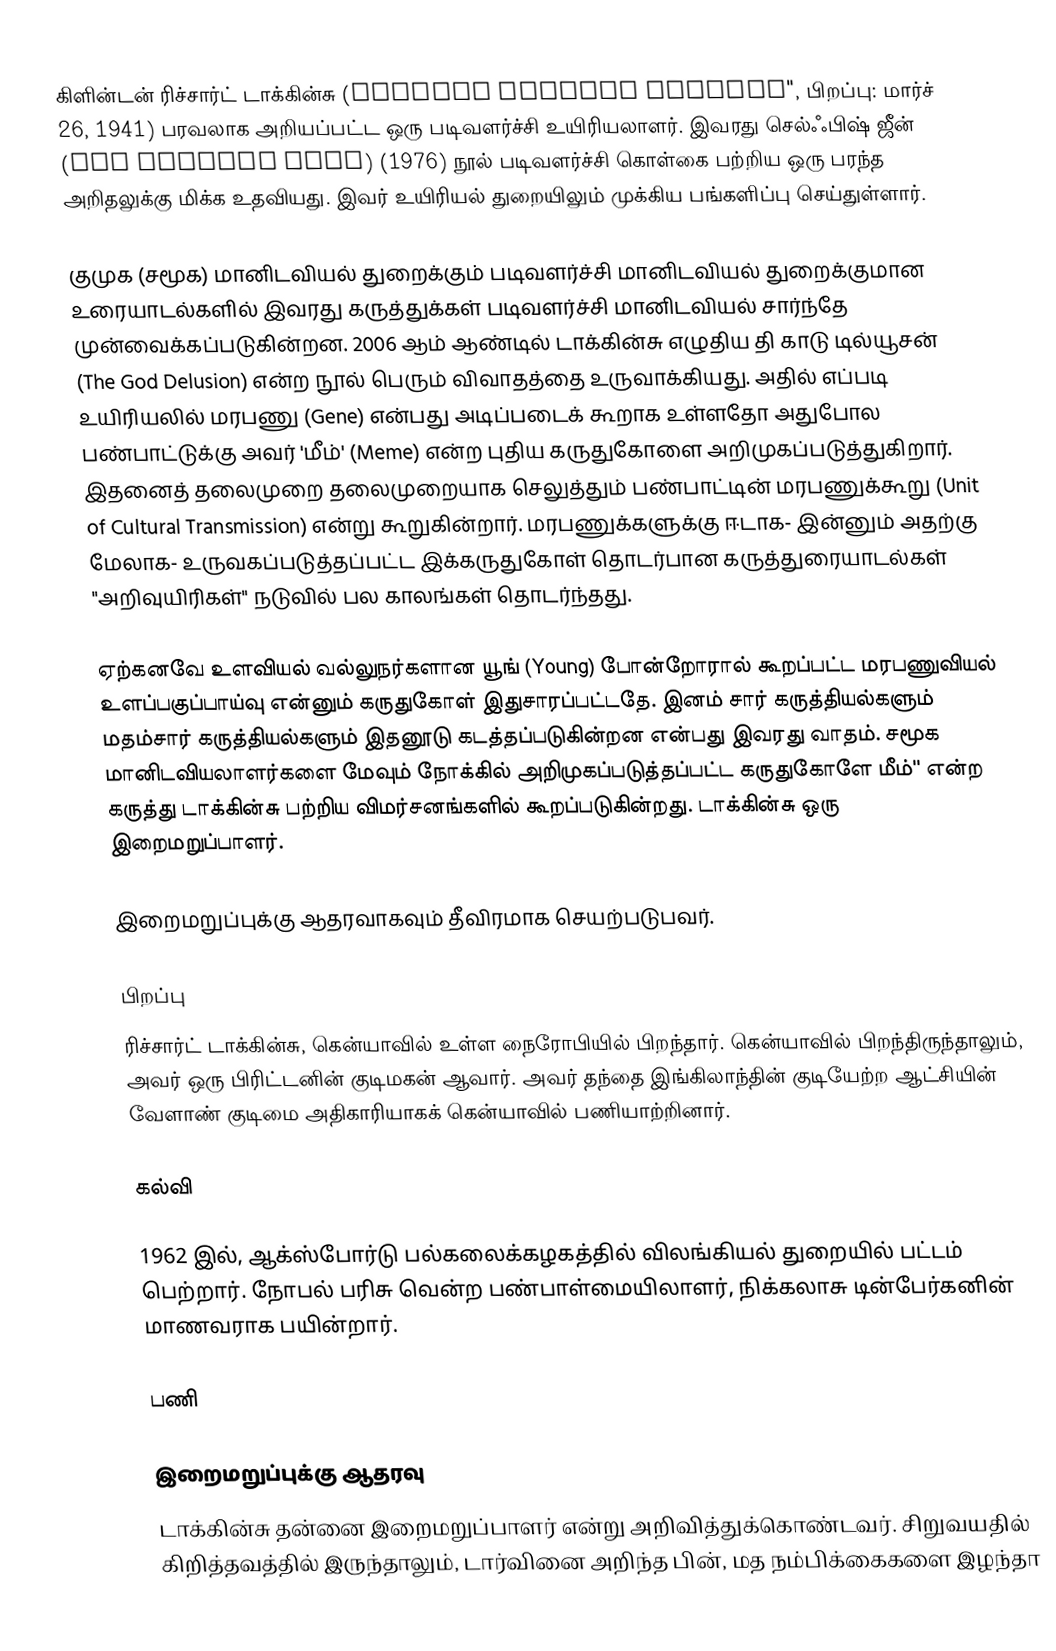
கிளின்டன் ரிச்சார்ட் டாக்கின்சு (Clinton Richard Dawkins", பிறப்பு: மார்ச் 26, 1941) பரவலாக அறியப்பட்ட ஒரு படிவளர்ச்சி உயிரியலாளர். இவரது செல்ஃபிஷ் ஜீன் (The Selfish Gene) (1976) நூல் படிவளர்ச்சி கொள்கை பற்றிய ஒரு பரந்த அறிதலுக்கு மிக்க உதவியது. இவர் உயிரியல் துறையிலும் முக்கிய பங்களிப்பு செய்துள்ளார்.

குமுக (சமூக) மானிடவியல் துறைக்கும் படிவளர்ச்சி மானிடவியல் துறைக்குமான உரையாடல்களில் இவரது கருத்துக்கள் படிவளர்ச்சி மானிடவியல் சார்ந்தே முன்வைக்கப்படுகின்றன. 2006 ஆம் ஆண்டில் டாக்கின்சு எழுதிய தி காடு டில்யூசன் (The God Delusion) என்ற நூல் பெரும் விவாதத்தை உருவாக்கியது. அதில் எப்படி உயிரியலில் மரபணு (Gene) என்பது அடிப்படைக் கூறாக உள்ளதோ அதுபோல பண்பாட்டுக்கு அவர் 'மீம்' (Meme) என்ற புதிய கருதுகோளை அறிமுகப்படுத்துகிறார். இதனைத் தலைமுறை தலைமுறையாக செலுத்தும் பண்பாட்டின் மரபணுக்கூறு (Unit of Cultural Transmission) என்று கூறுகின்றார். மரபணுக்களுக்கு ஈடாக- இன்னும் அதற்கு மேலாக- உருவகப்படுத்தப்பட்ட இக்கருதுகோள் தொடர்பான கருத்துரையாடல்கள் "அறிவுயிரிகள்" நடுவில் பல காலங்கள் தொடர்ந்தது.

ஏற்கனவே உளவியல் வல்லுநர்களான யூங் (Young) போன்றோரால் கூறப்பட்ட மரபணுவியல் உளப்பகுப்பாய்வு என்னும் கருதுகோள் இதுசாரப்பட்டதே. இனம் சார் கருத்தியல்களும் மதம்சார் கருத்தியல்களும் இதனூடு கடத்தப்படுகின்றன என்பது இவரது வாதம். சமூக மானிடவியலாளர்களை மேவும் நோக்கில் அறிமுகப்படுத்தப்பட்ட கருதுகோளே மீம்'' என்ற கருத்து டாக்கின்சு பற்றிய விமர்சனங்களில் கூறப்படுகின்றது. டாக்கின்சு ஒரு இறைமறுப்பாளர்.

இறைமறுப்புக்கு ஆதரவாகவும் தீவிரமாக செயற்படுபவர்.

பிறப்பு
ரிச்சார்ட் டாக்கின்சு, கென்யாவில் உள்ள  நைரோபியில் பிறந்தார். கென்யாவில் பிறந்திருந்தாலும், அவர் ஒரு பிரிட்டனின் குடிமகன் ஆவார். அவர் தந்தை இங்கிலாந்தின் குடியேற்ற ஆட்சியின் வேளாண் குடிமை அதிகாரியாகக் கென்யாவில் பணியாற்றினார்.

கல்வி

1962 இல், ஆக்ஸ்போர்டு பல்கலைக்கழகத்தில் விலங்கியல் துறையில் பட்டம் பெற்றார். நோபல் பரிசு வென்ற பண்பாள்மையிலாளர், நிக்கலாசு டின்பேர்கனின் மாணவராக பயின்றார்.

பணி

இறைமறுப்புக்கு ஆதரவு
டாக்கின்சு தன்னை இறைமறுப்பாளர் என்று அறிவித்துக்கொண்டவர். சிறுவயதில் கிறித்தவத்தில் இருந்தாலும், டார்வினை அறிந்த பின், மத நம்பிக்கைகளை இழந்தா